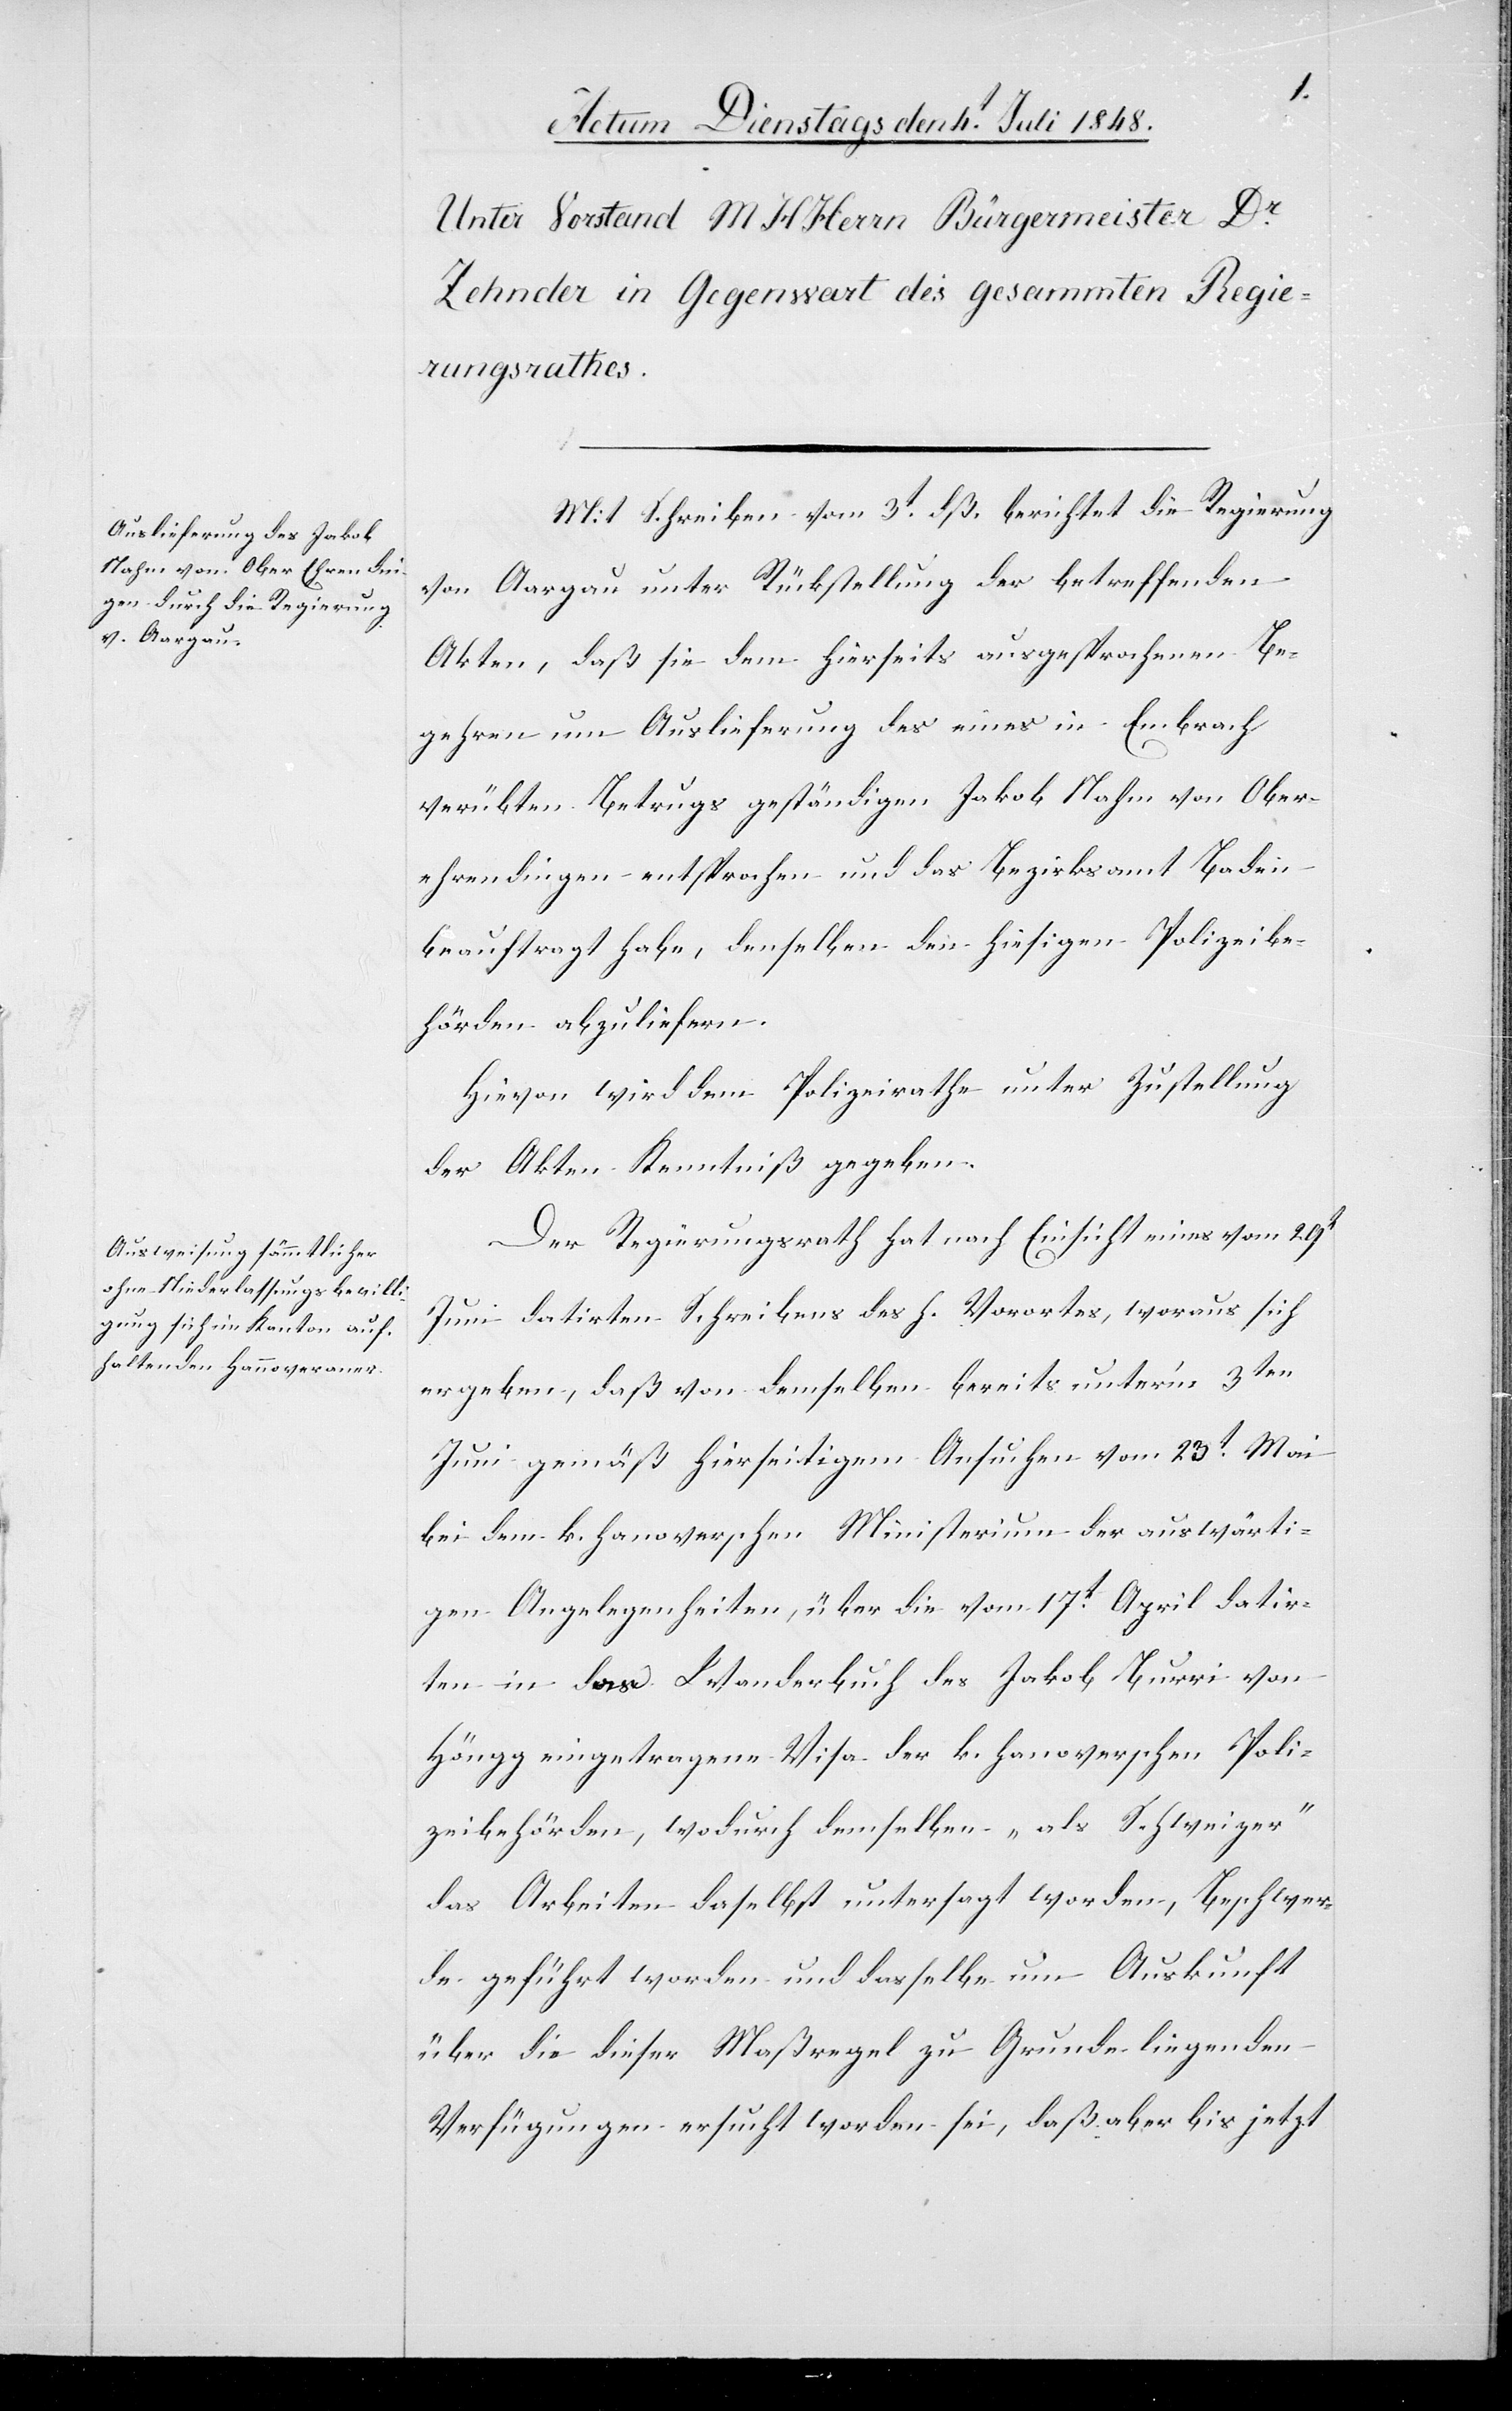
Mit Schreiben vom 3t dieß berichtet die Regierung
von Aargau unter Rückstellung der betreffenden
Akten, daß sie dem hierseits ausgesprochenen Be¬
gehren um Auslieferung des eines in Embrach
verübten Betrugs geständigen Jakob Nahm von Ober¬
ehrendingen entsprochen und das Bezirksamt Baden
beauftragt habe, denselben den hiesigen Polizeibe¬
hörden abzuliefern.
Hievon wird dem Polizeirathe unter Rückstellung
der Akten Kenntniß gegeben.
Der Regierungsrath hat nach Einsicht eines vom 29t
Juni datirten Schreibens des h. Vorortes, woraus sich
ergeben, daß von demselben bereits unter’m 3ten
Juni gemäß hierseitigem Ansuchen vom 23t Mai
bei dem k. hanoverschen Ministerium der auswärti¬
gen Angelegenheiten, über die vom 17t April datir¬
ten in das Wanderbuch des Jakob Burri von
Höngg eingetragene Visa der k. hanoverschen Poli¬
zeibehörde, wodurch demselben „als Schweizer“
das Arbeiten daselbst untersagt worden, Beschwer¬
de geführt worden und dasselbe um Auskunft
über die dieser Maßregel zu Grunde liegenden
Verfügungen ersucht worden sei, daß aber bis jetzt